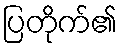
ပြတိုက်၏